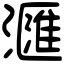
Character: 𣿬